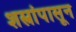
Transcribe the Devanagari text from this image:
शस्त्रांपासून